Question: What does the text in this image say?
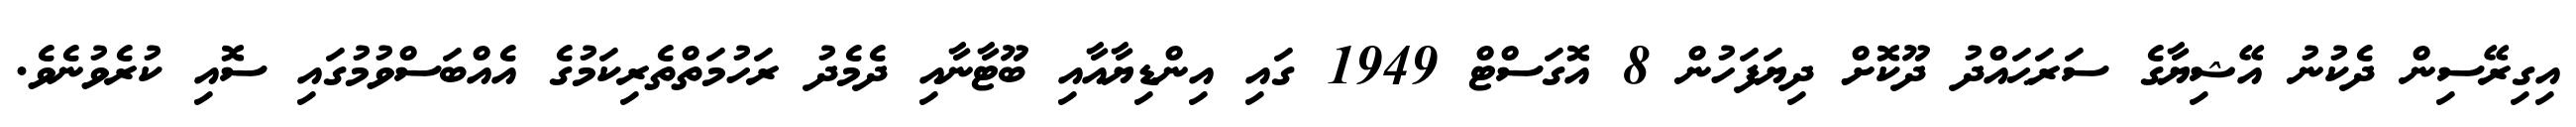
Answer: އިގިރޭސިން ދެކުނު އޭޝިޔާގެ ސަރަޙައްދު ދޫކޮށް ދިޔަފަހުން 8 އޮގަސްޓް 1949 ގައި އިންޑިޔާއާއި ބޫޓާނާއި ދެމެދު ރަހުމަތްތެރިކަމުގެ އެއްބަސްވުމުގައި ސޮއި ކުރެވުނެވެ.